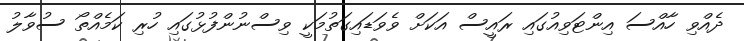
ދެއްވި ހާއްސަ އިންޓަވިއުގައި ރައީސް އަކަށް ވެވަޑައިގަތުމަކީ ވިސްނުންފުޅުގައި ހުރި ކަމެއްތޯ ސުވާލު